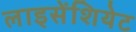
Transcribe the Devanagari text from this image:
लाइसेंशियेट